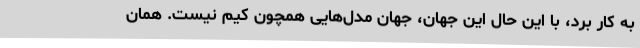
به کار برد، با این حال این جهان، جهان مدل‌هایی همچون کیم نیست. همان